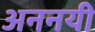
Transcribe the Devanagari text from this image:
अननयी